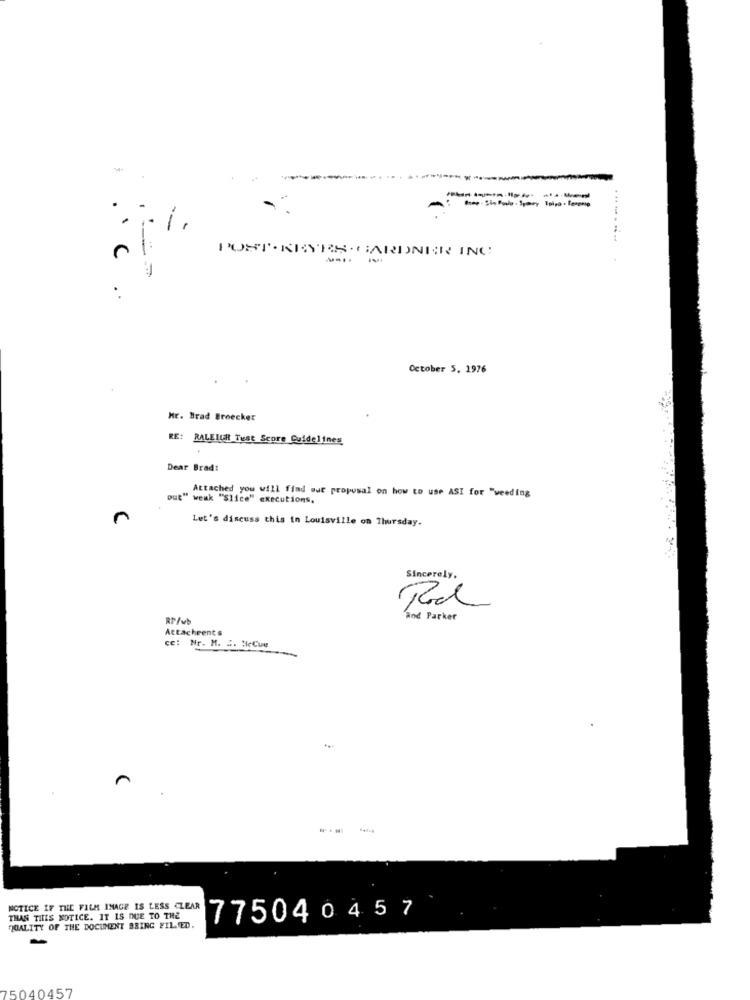
-
POST . KRYRS . GARDNER ING
.. C
.
October 5, 1976
Mr. Brad Broecker
RE: RALEIGH Test Score Guidelines
Dear Brad:
Attached you will find out proposal on how to use ASI for "weeding
put" weak "Slice" executions,
Let's discuss this in Louisville on Thursday.
Sincerely .
RP/vb
and Parker
Attachments
ce: Nr. H. .. SeCue
n
NOTICE IF THE FILM INAGE IS LESS CLEAR
THAN THIS NOTICE. IT IS DUE TO THE
775040457
QUALITY OF THE DOCUMENT BRING FILED.
75040457